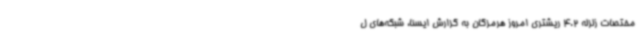
مختصات زلزله‌ 4.2 ریشتری امروز هرمزگان به گزارش ایسنا، شبکه‌های ل